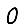
Digit: 0